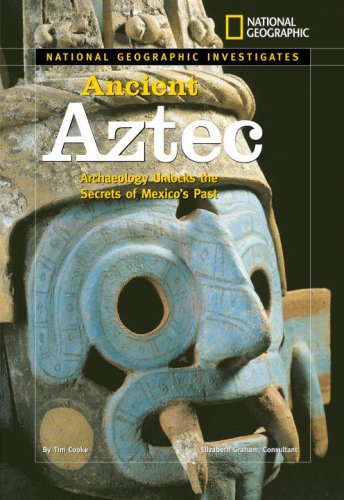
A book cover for National Geographic Investigates: Ancient Aztec; Tim Cooke; Children's Books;